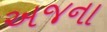
અજના